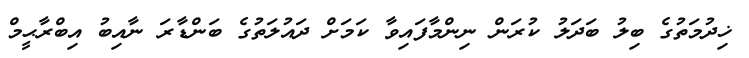
ޚިދުމަތުގެ ބިލު ބަދަލު ކުރަން ނިންމާފައިވާ ކަމަށް ދައުލަތުގެ ބަންޑާރަ ނާއިބު އިބްރާޙީމް